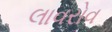
લાવરોવ